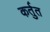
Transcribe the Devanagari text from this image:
कर्तुत